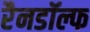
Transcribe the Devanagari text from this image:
रैनडॉल्फ